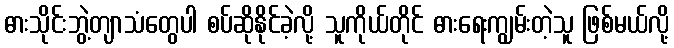
ဓားသိုင်းဘွဲ့တျာသံတွေပါ စပ်ဆိုနိုင်ခဲ့လို့ သူကိုယ်တိုင် ဓားရေးကျွမ်းတဲ့သူ ဖြစ်မယ်လို့